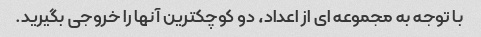
با توجه به مجموعه ای از اعداد، دو کوچکترین آنها را خروجی بگیرید.